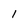
Character: I